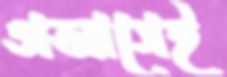
অভ্যাসেই